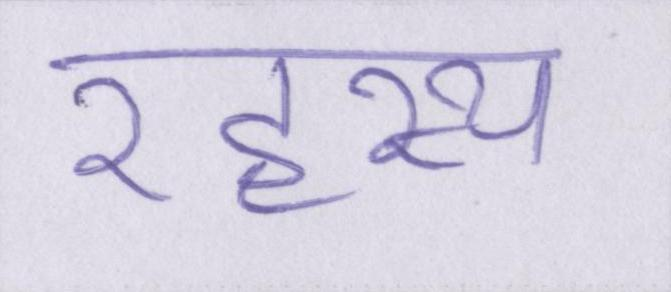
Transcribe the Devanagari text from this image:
रहस्य